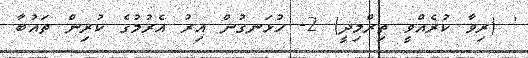
' (ރިވާ ކުރެއްވީ ތިރްމިޛީ) 2- ހުޅަނގުން އިރު އެރުމުގެ ކުރިން ތައުބާ